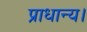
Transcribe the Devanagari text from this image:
प्राधान्य।